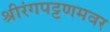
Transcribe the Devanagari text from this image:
श्रीरंगपट्टणमवर